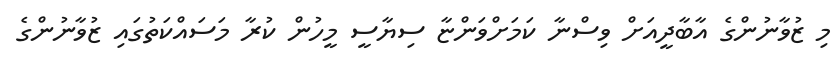
މި ޒުވާނުންގެ އާބާދީއަށް ވިސްނާ ކަމަށްވަންޏާ ސިޔާސީ މީހުން ކުރާ މަސައްކަތުގައި ޒުވާނުންގެ